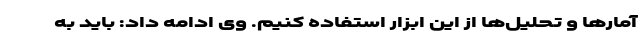
آمارها و تحلیل‌ها از این ابزار استفاده کنیم. وی ادامه داد: باید به